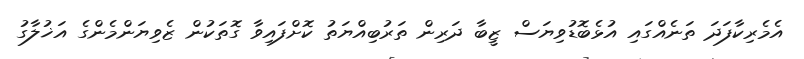
އެމެރިކާފަދަ ތަނެއްގައި އުޅެބޮޑުވިޔަސް ޒީބާ ދަރިން ތަރުބިއްޔަތު ކޮށްފައިވާ ގޮތަކުން ޒެވިޔަންމެންގެ އަޚުލާގު